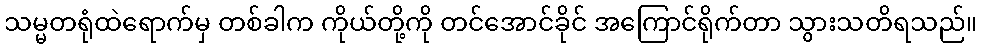
သမ္မတရုံထဲရောက်မှ တစ်ခါက ကိုယ်တို့ကို တင်အောင်ခိုင် အကြောင်ရိုက်တာ သွားသတိရသည်။